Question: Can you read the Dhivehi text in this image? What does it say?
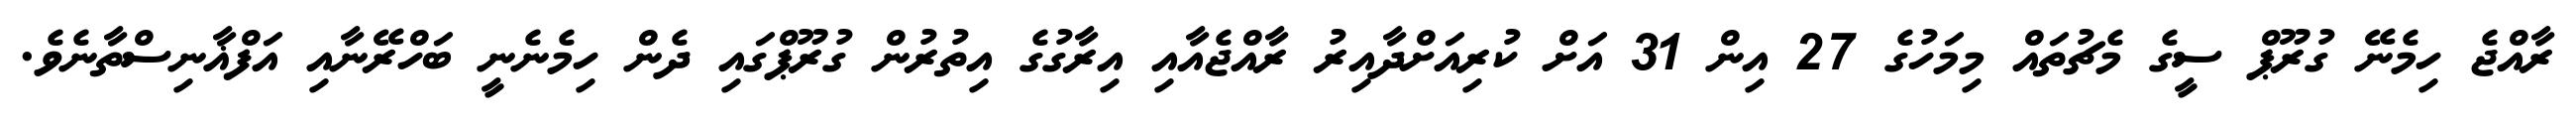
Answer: ރާއްޖެ ހިމެނޭ ގުރޫޕް ސީގެ މެޗުތައް މިމަހުގެ 27 އިން 31 އަށް ކުރިއަށްދާއިރު ރާއްޖެއާއި އިރާގުގެ އިތުރުން ގުރޫޕްގައި ދެން ހިމެނެނީ ބަހްރޭނާއި އަފްޣާނިސްތާނެވެ.